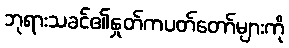
ဘုရားသခင်၏နှုတ်ကပတ်တော်များကို